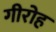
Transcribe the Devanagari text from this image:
गीरोह